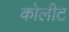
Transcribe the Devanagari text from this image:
कोलीट